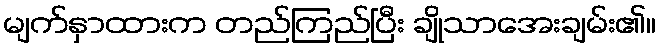
မျက်နှာထားက တည်ကြည်ပြီး ချိုသာအေးချမ်း၏။